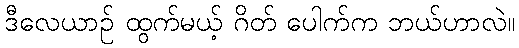
ဒီလေယာဉ် ထွက်မယ့် ဂိတ် ပေါက်က ဘယ်ဟာလဲ။